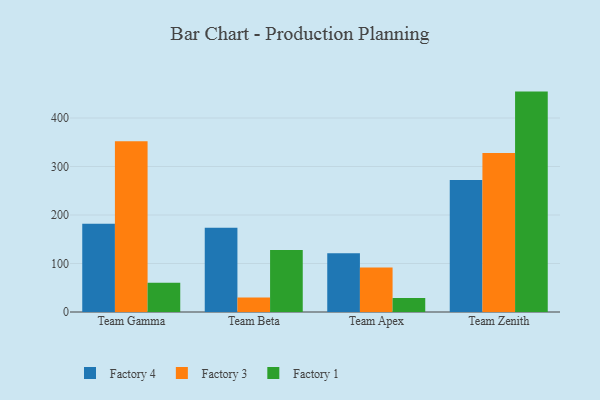
{"axis": {"x": "Team", "y": "Budget (USD K)"}, "legend": ["Factory 1", "Factory 3", "Factory 4"], "data": [{"x": "Team Gamma", "y": 181.9, "type": "Factory 4"}, {"x": "Team Gamma", "y": 352.0, "type": "Factory 3"}, {"x": "Team Gamma", "y": 60.2, "type": "Factory 1"}, {"x": "Team Beta", "y": 173.8, "type": "Factory 4"}, {"x": "Team Beta", "y": 29.8, "type": "Factory 3"}, {"x": "Team Beta", "y": 127.8, "type": "Factory 1"}, {"x": "Team Apex", "y": 121.0, "type": "Factory 4"}, {"x": "Team Apex", "y": 91.8, "type": "Factory 3"}, {"x": "Team Apex", "y": 28.7, "type": "Factory 1"}, {"x": "Team Zenith", "y": 271.9, "type": "Factory 4"}, {"x": "Team Zenith", "y": 327.9, "type": "Factory 3"}, {"x": "Team Zenith", "y": 454.4, "type": "Factory 1"}]}